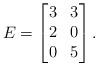
LaTeX: \begin{align*} E = \left[\begin{matrix} 3 & 3 \\ 2 & 0 \\ 0 & 5 \end{matrix}\right]. \end{align*}